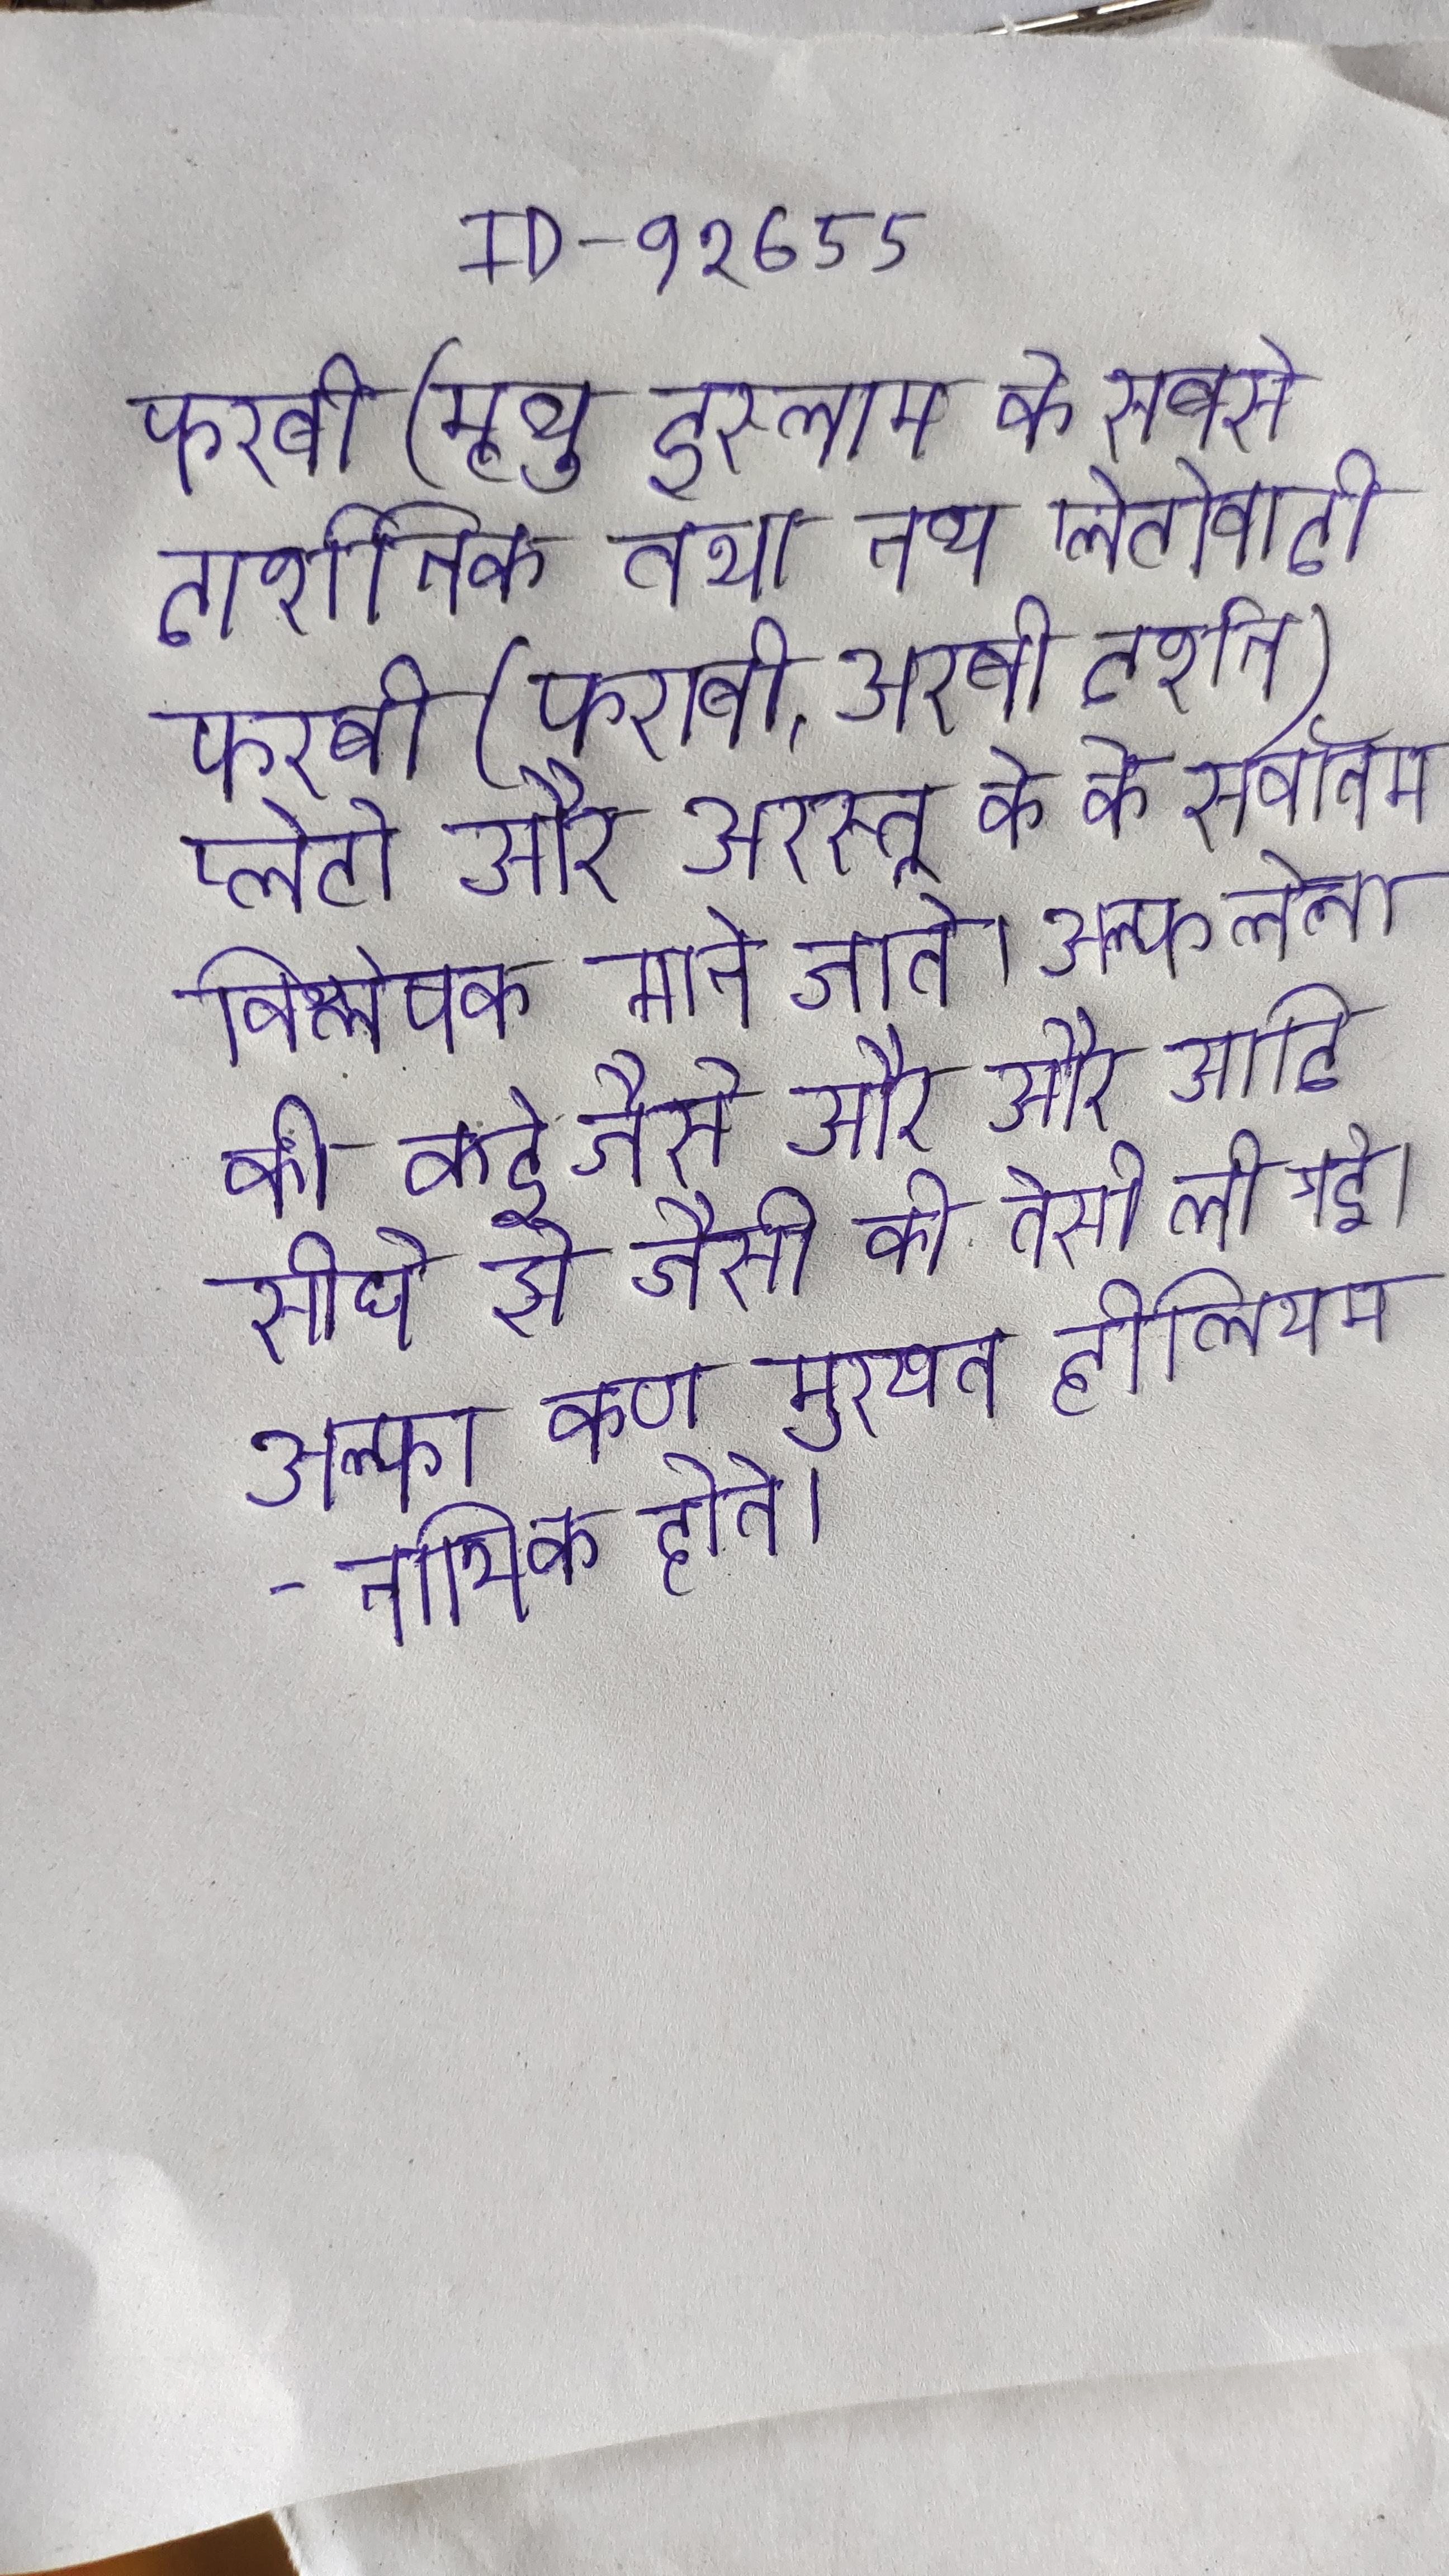
फरबी (मृत्यु इस्लाम के सबसे दार्शनिक तथा नव्य प्लेटोवादी फरबी (फराबी, अरबी दर्शन) प्लेटो और अरस्तू के के सर्वोत्तम विश्लेषक माने जाते । अल्फ लैला की कई जैसे और और आदि सीधे से जैसी की तैसी ली गई । अल्फा कण मुख्यत हीलियम-नाभिक होते ।